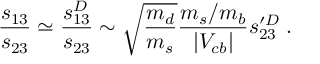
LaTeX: \frac { s _ { 1 3 } } { s _ { 2 3 } } \simeq \frac { s _ { 1 3 } ^ { D } } { s _ { 2 3 } } \sim \sqrt { \frac { m _ { d } } { m _ { s } } } \frac { m _ { s } / m _ { b } } { | V _ { c b } | } s _ { 2 3 } ^ { \prime D } \; .